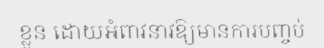
ខ្លួន ដោយអំពាវនាវឱ្យមានការបញ្ចប់